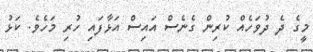
މީގެ ދެ ދުވަހެއް ކުރިން ގެނެސް އައިސް އަޅާފައި ހުރި މަހެވެ. ކަޅު